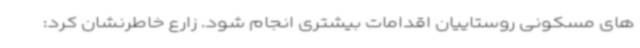
های مسکونی روستاییان اقدامات بیشتری انجام شود. زارع خاطرنشان کرد: